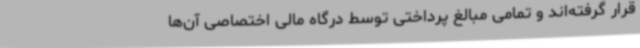
قرار گرفته‌اند و تمامی مبالغ پرداختی توسط درگاه مالی اختصاصی آن‌ها